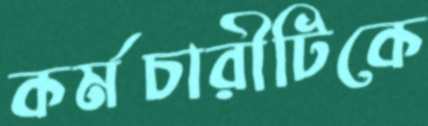
কর্মচারীটিকে